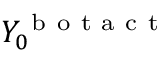
Y _ { 0 } ^ { \mathrm { ~ b ~ o ~ t ~ a ~ c ~ t ~ } }